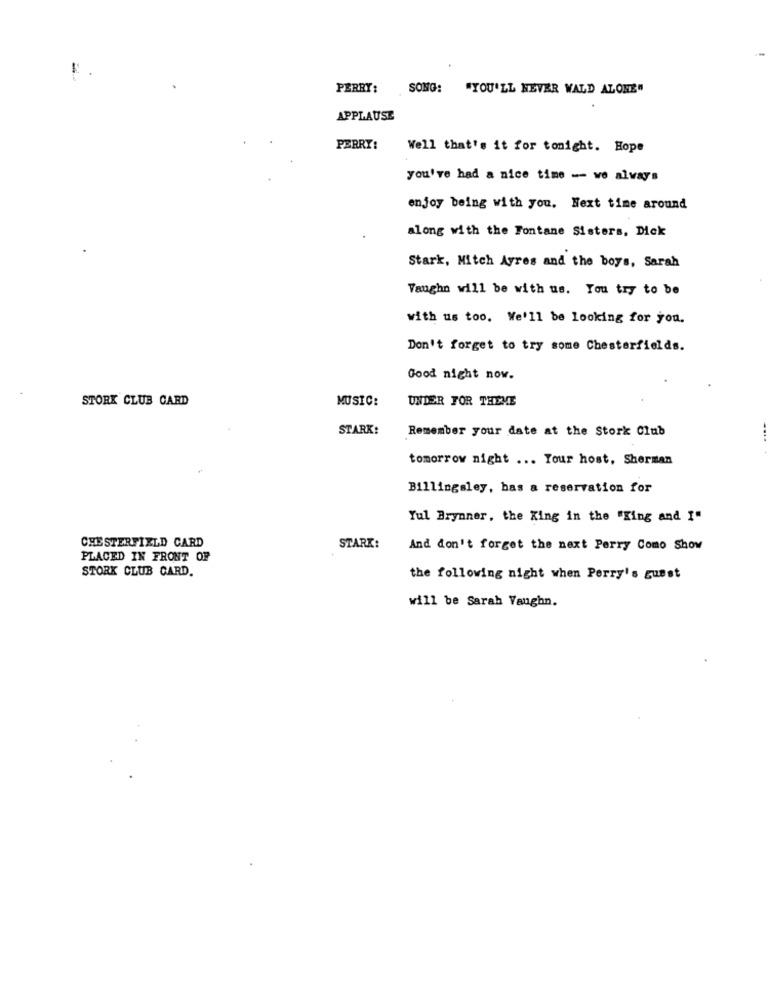
PERRY:
SONG:
"YOU'LL NEVER WALD ALONE"
APPLAUSE
PERRY:
Well that's it for tonight. Hope
you've had a nice time -- we always
enjoy being with you. Next time around
along with the Fontane Sisters, Dick
Stark, Mitch Ayres and the boys, Sarah
Vaughn will be with us. You try to be
with us too. We'll be looking for you.
Don't forget to try some Chesterfields.
Good night now.
STORK CLUB CARD
MUSIC:
UNDER FOR THEME
STARK:
Remember your date at the Stork Club
tomorrow night ... Your host, Sherman
Billingsley, has a reservation for
Yul Brynner, the King in the "King and I"
CHESTERFIELD CARD
STARK:
And don't forget the next Perry Como Show
PLACED IN FRONT OF
STORK CLUB CARD.
the following night when Perry's guest
will be Sarah Vaughn.